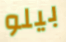
بيلو